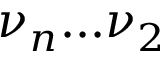
\nu _ { n } . . . \nu _ { 2 }